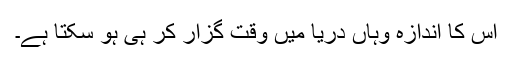
اس کا اندازہ وہاں دریا میں وقت گزار کر ہی ہو سکتا ہے۔